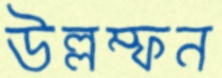
উল্লম্ফন